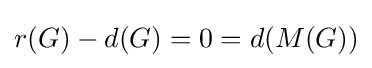
r(G)-d(G)=0=d(M(G))